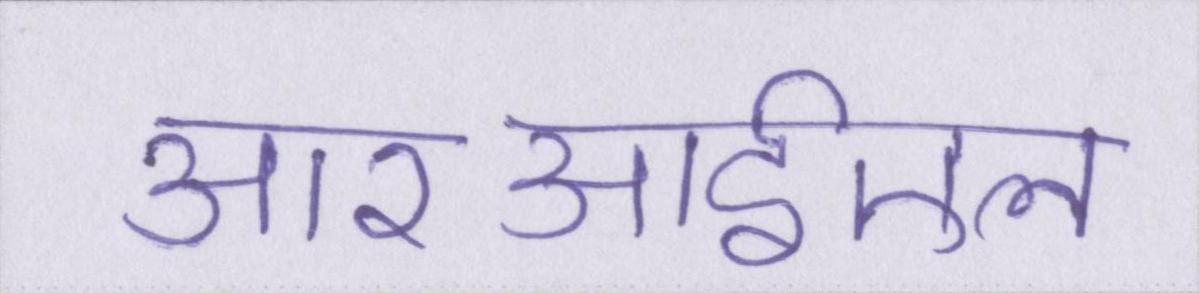
आरआईएल